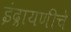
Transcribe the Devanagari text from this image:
इंद्रायणीचे